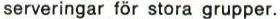
serveringar för stora grupper.